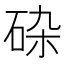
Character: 𱳼